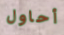
أحاول